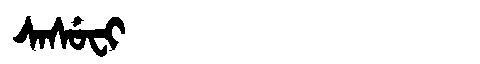
Manchu: ᠰᠠᠰᡠᠸᡳ
Romanization: SASUFI